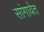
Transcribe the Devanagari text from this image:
सांगावेत